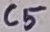
Text: C5